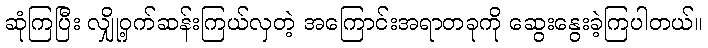
ဆုံကြပြီး လျှို့ဝှက်ဆန်းကြယ်လှတဲ့ အကြောင်းအရာတခုကို ဆွေးနွေးခဲ့ကြပါတယ်။